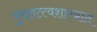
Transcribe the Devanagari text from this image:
पुरातत्त्वशास्त्रात